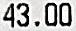
43.00